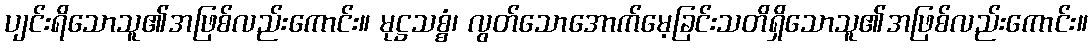
ပျင်းရိသောသူ၏အဖြစ်လည်းကောင်း။ မုဋ္ဌသစ္စံ၊ လွတ်သောအောက်မေ့ခြင်းသတိရှိသောသူ၏အဖြစ်လည်းကောင်း။